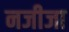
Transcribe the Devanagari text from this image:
नजीजा